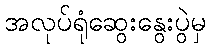
အလုပ်ရုံဆွေးနွေးပွဲမှ